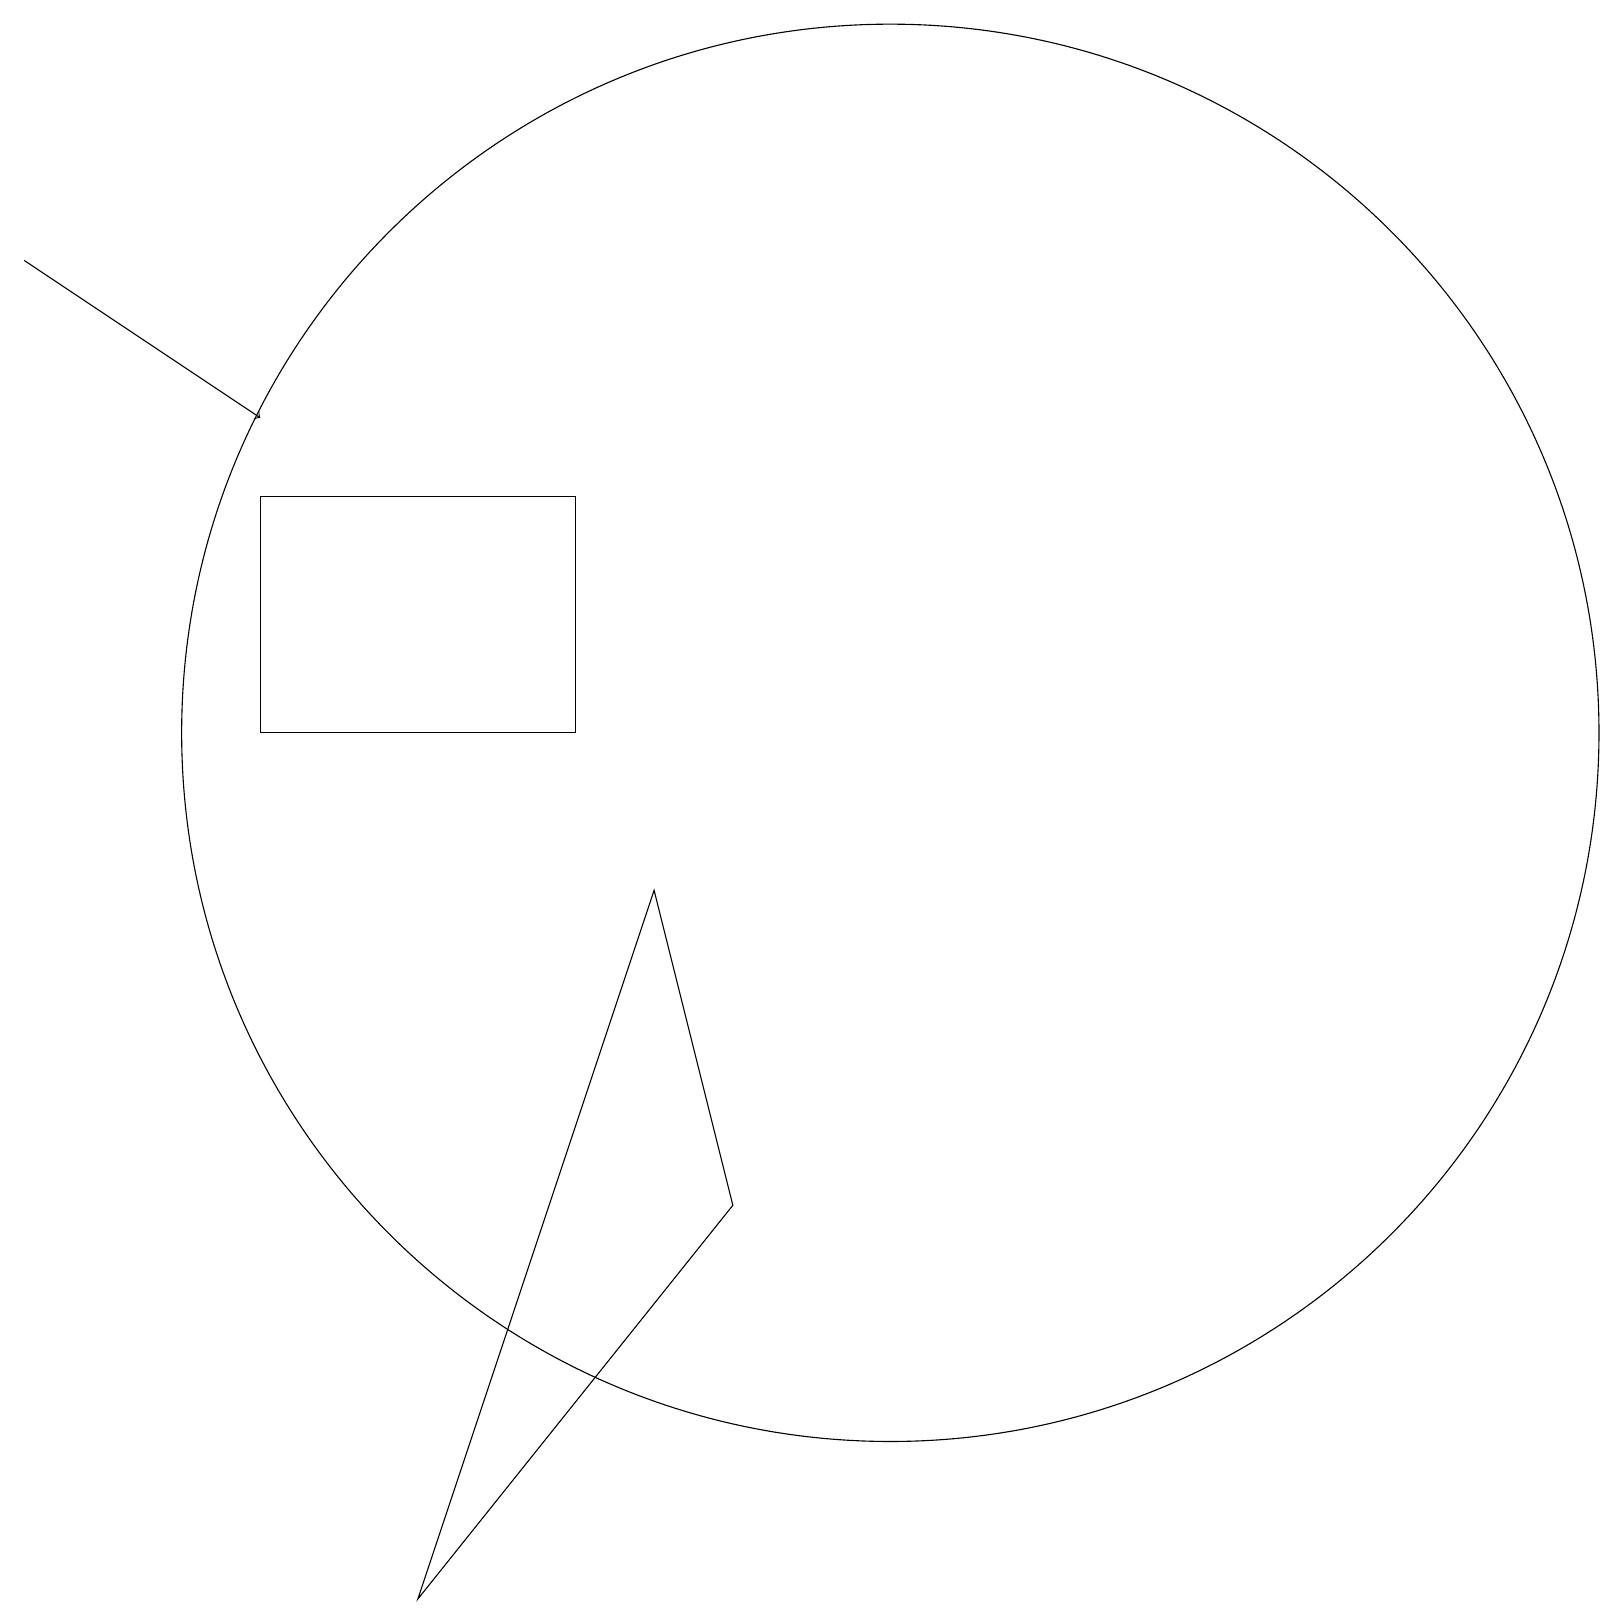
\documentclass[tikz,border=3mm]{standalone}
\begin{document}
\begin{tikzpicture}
\draw (8,9) -- (5,0) -- (9,5) -- cycle;
\draw[->] (0,17) -- (3,15);
\draw (3,14) rectangle (7,11);
\draw (11,11) circle (9);
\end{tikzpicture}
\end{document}